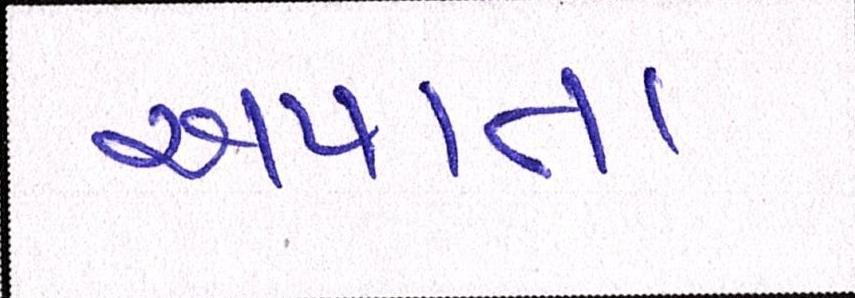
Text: અપાતા